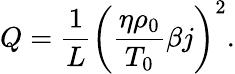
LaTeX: Q=\frac{1}{L}{\left({\frac{{\eta{\rho_{0}}}}{{{T_{0}}}}\beta j}\right)^{2}}.